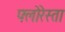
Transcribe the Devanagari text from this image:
फ्लोरेस्ता